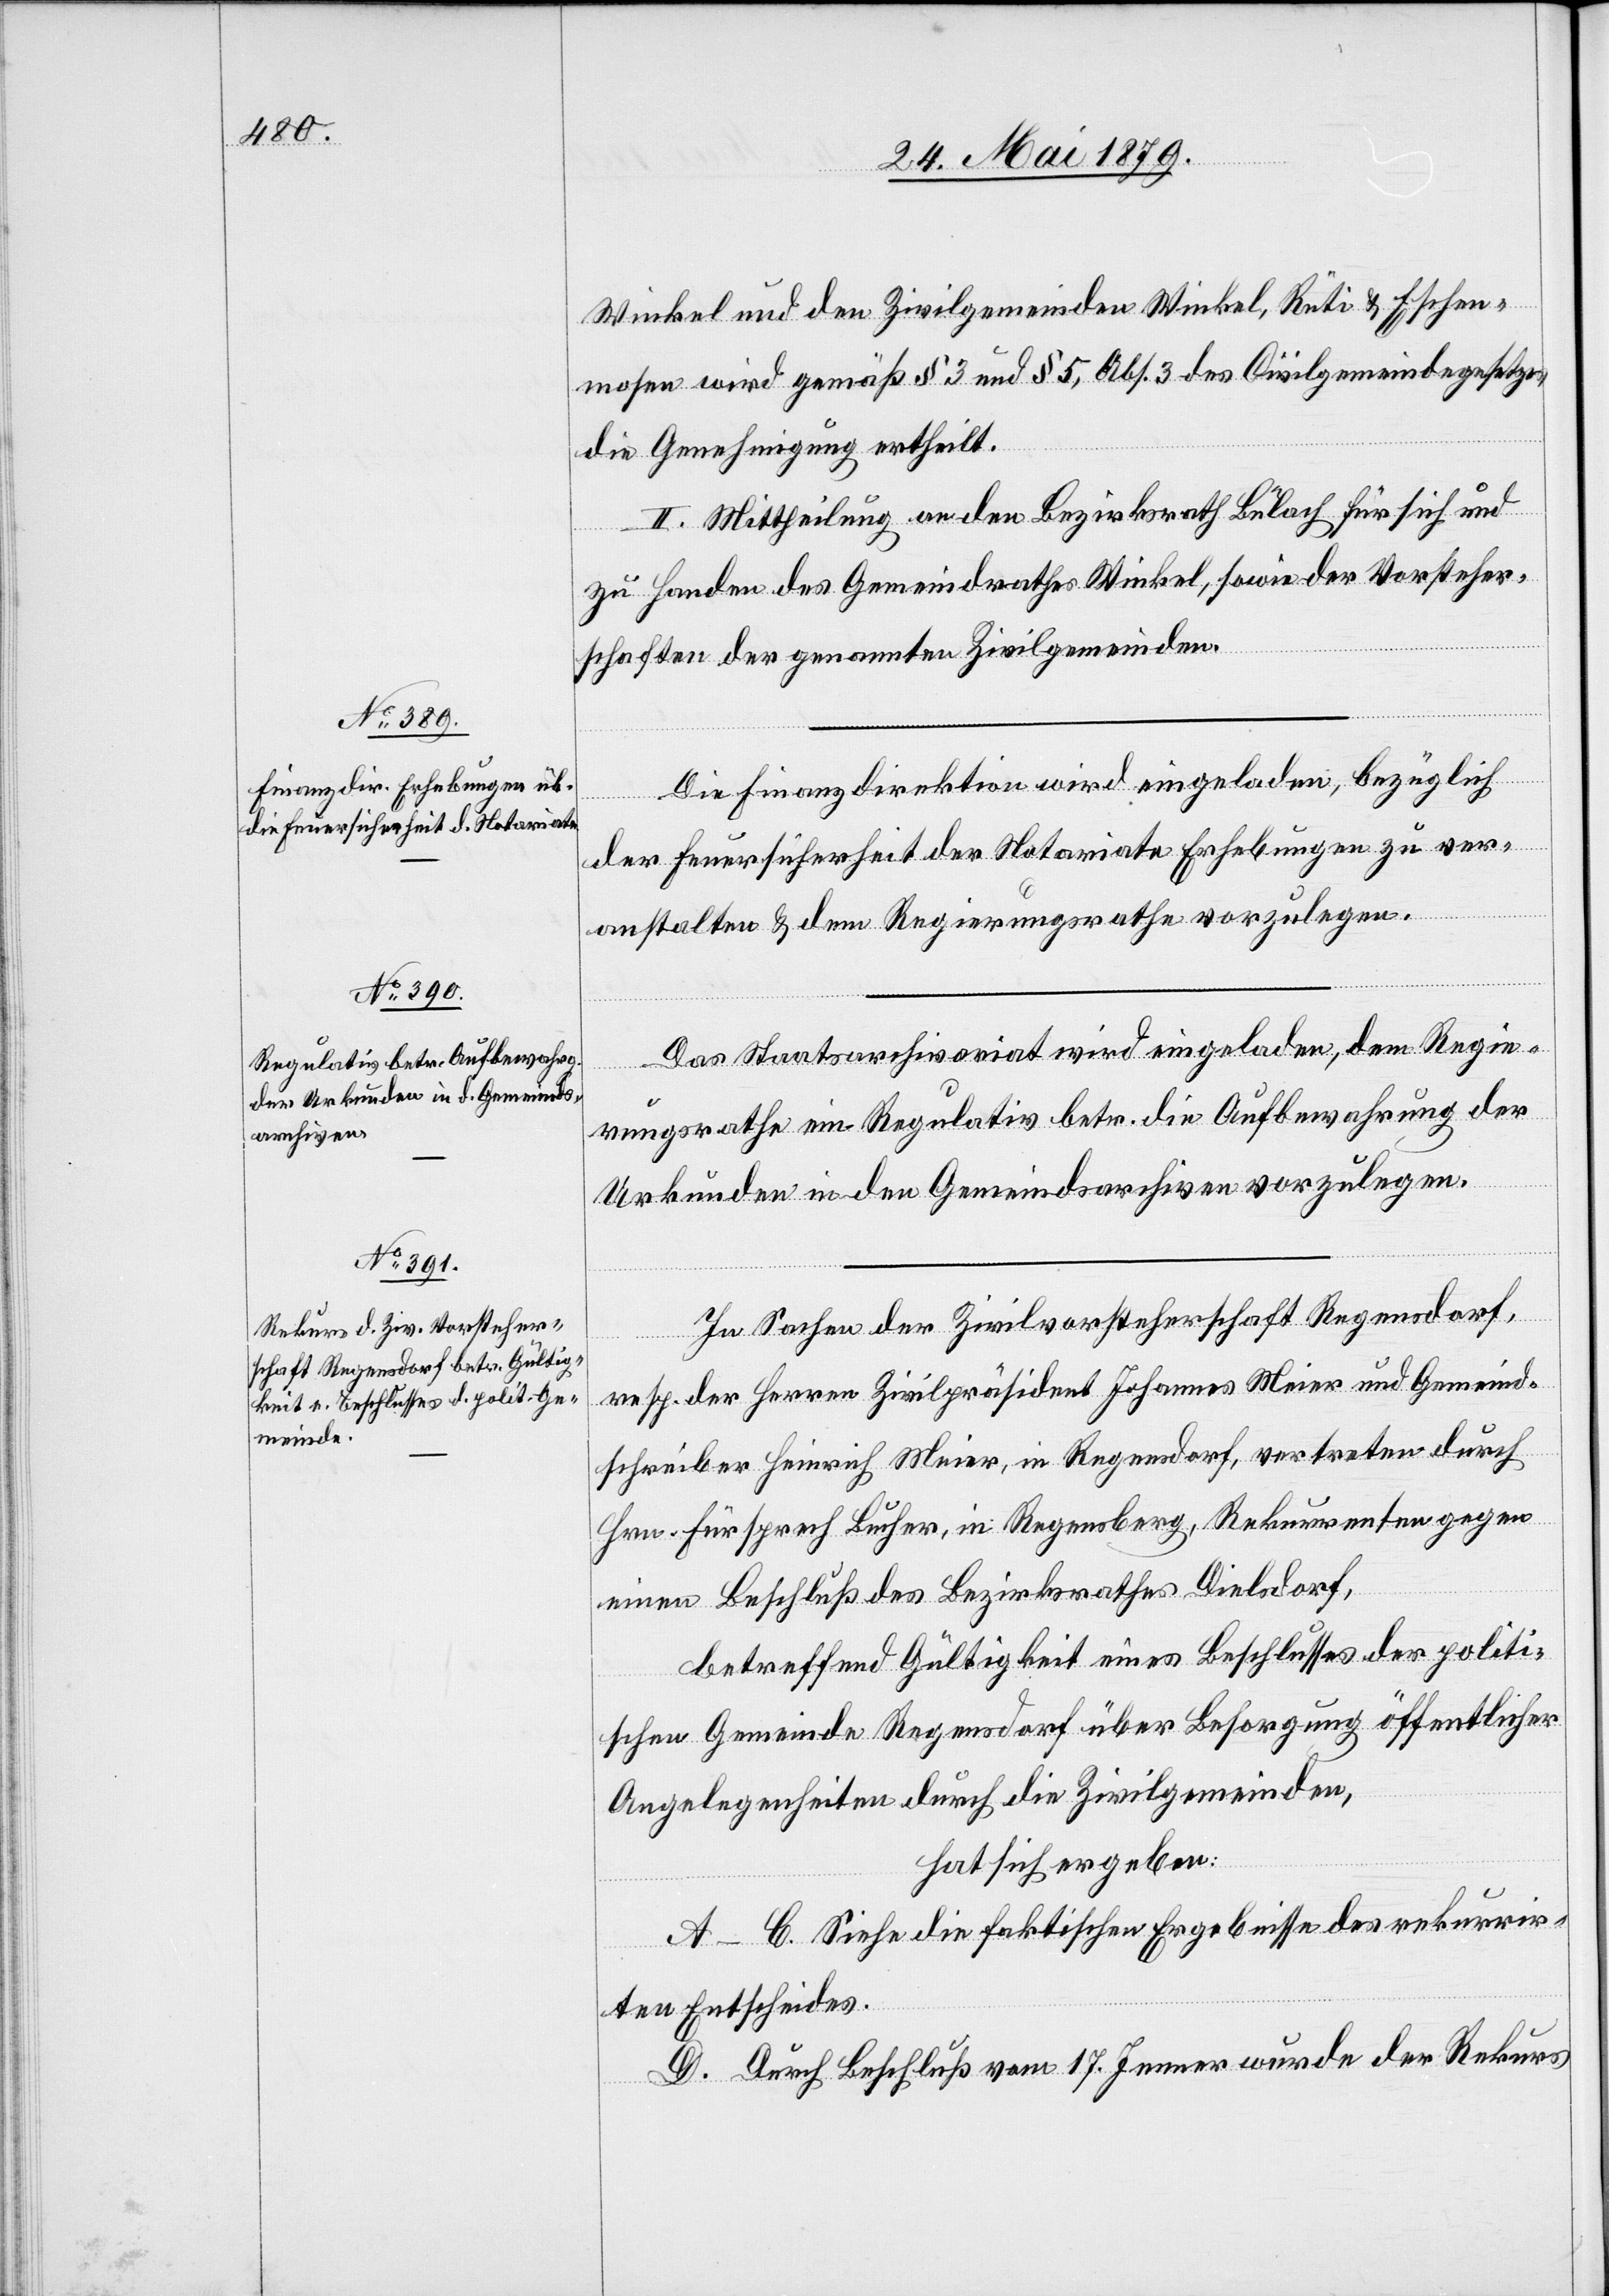
Winkel und den Zivilgemeinden Winkel, Rüti & Eschen¬
mosen wird gemäß § 3 und § 5, Abs. 3 des Civilgemeindegesetzes
die Genehmigung ertheilt.
II. Mittheilung an den Bezirksrath Bülach für sich und
zu Handen des Gemeindrathes Winkel, sowie der Vorsteher¬
schaften der genannten Zivilgemeinden.
Die Finanzdirektion wird eingeladen, bezüglich
der Feuersicherheit der Notariate Erhebungen zu ver¬
anstalten & dem Regierungsrathe vorzulegen.
Das Staatsarchivariat wird eingeladen, dem Regie¬
rungsrathe ein Regulativ betr. die Aufbewahrung der
Urkunden in den Gemeindsarchiven vorzulegen.
In Sachen der Zivilvorsteherschaft Regensdorf,
resp. der Herren Zivilpräsident Johannes Meier und Gemeind¬
schreiber Heinrich Meier, in Regensdorf, vertreten durch
Hrn. Fürsprech Bucher, in Regensberg, Rekurrenten gegen
einen Beschluß des Bezirksrathes Dielsdorf,
betreffend Gültigkeit eines Beschlusses der politi¬
schen Gemeinde Regensdorf über Besorgung öffentlicher
Angelegenheiten durch die Zivilgemeinden,
hat sich ergeben:
A–C. Siehe die faktischen Ergebnisse des rekurrir¬
ten Entscheides.
D. Durch Beschluß vom 17. Jenner wurde der Rekurs